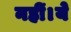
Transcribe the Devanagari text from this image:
नहीं।ये